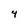
Character: 4